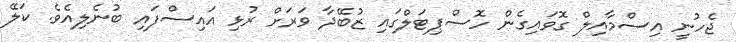
ޖެހުނީ އިސްމާއިލް ގޮވައިގެން ހޮސްޕިޓަލްގައި ޒުބޭދާ ވަރަށް ރުޅި އައިސްފައި ބުނެލިއެވެ. ކަލޭ